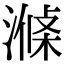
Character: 𣼝